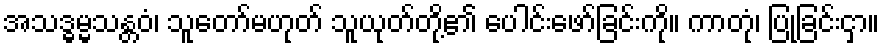
အသဒ္ဓမ္မသန္တဝံ၊ သူတော်မဟုတ် သူယုတ်တို့၏ ပေါင်းဖော်ခြင်းကို။ ကာတုံ၊ ပြုခြင်းငှာ။